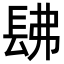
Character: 𨱰